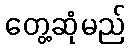
တွေ့ဆုံမည်